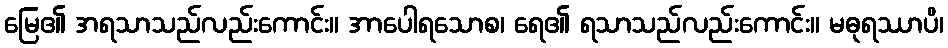
မြေ၏ အရသာသည်လည်းကောင်း။ အာပေါရသောစ၊ ရေ၏ ရသာသည်လည်းကောင်း။ မဓုရဿာပိ၊